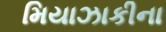
મિયાઝાકીના